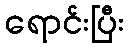
ရောင်းပြီး